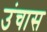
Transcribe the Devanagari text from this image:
उंचास